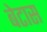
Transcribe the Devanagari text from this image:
बेटास